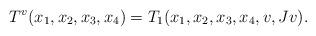
LaTeX: \begin{align*}T^v(x_1,x_2,x_3,x_4)=T_1(x_1,x_2,x_3,x_4,v,Jv).\end{align*}